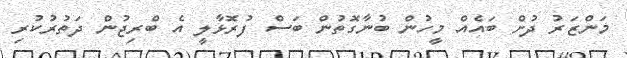
މަންޒަރު ދުށް ބައެއް މީހުން ބުނާގޮތުން ބަސް ފުރޮޅާލީ އެ ބްރިޖުން ދަތުރުކުރި